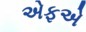
એફએ